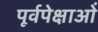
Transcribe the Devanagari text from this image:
पूर्वपेक्षाओं